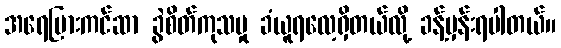
အရေပြားကင်ဆာ ခွဲစိတ်ကုသမှု ခံယူရလေ့ရှိတယ်လို့ ခန့်မှန်းရပါတယ်။